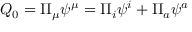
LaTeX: Q _ { 0 } = \Pi _ { \mu } \psi ^ { \mu } = \Pi _ { i } \psi ^ { i } + \Pi _ { a } \psi ^ { a }